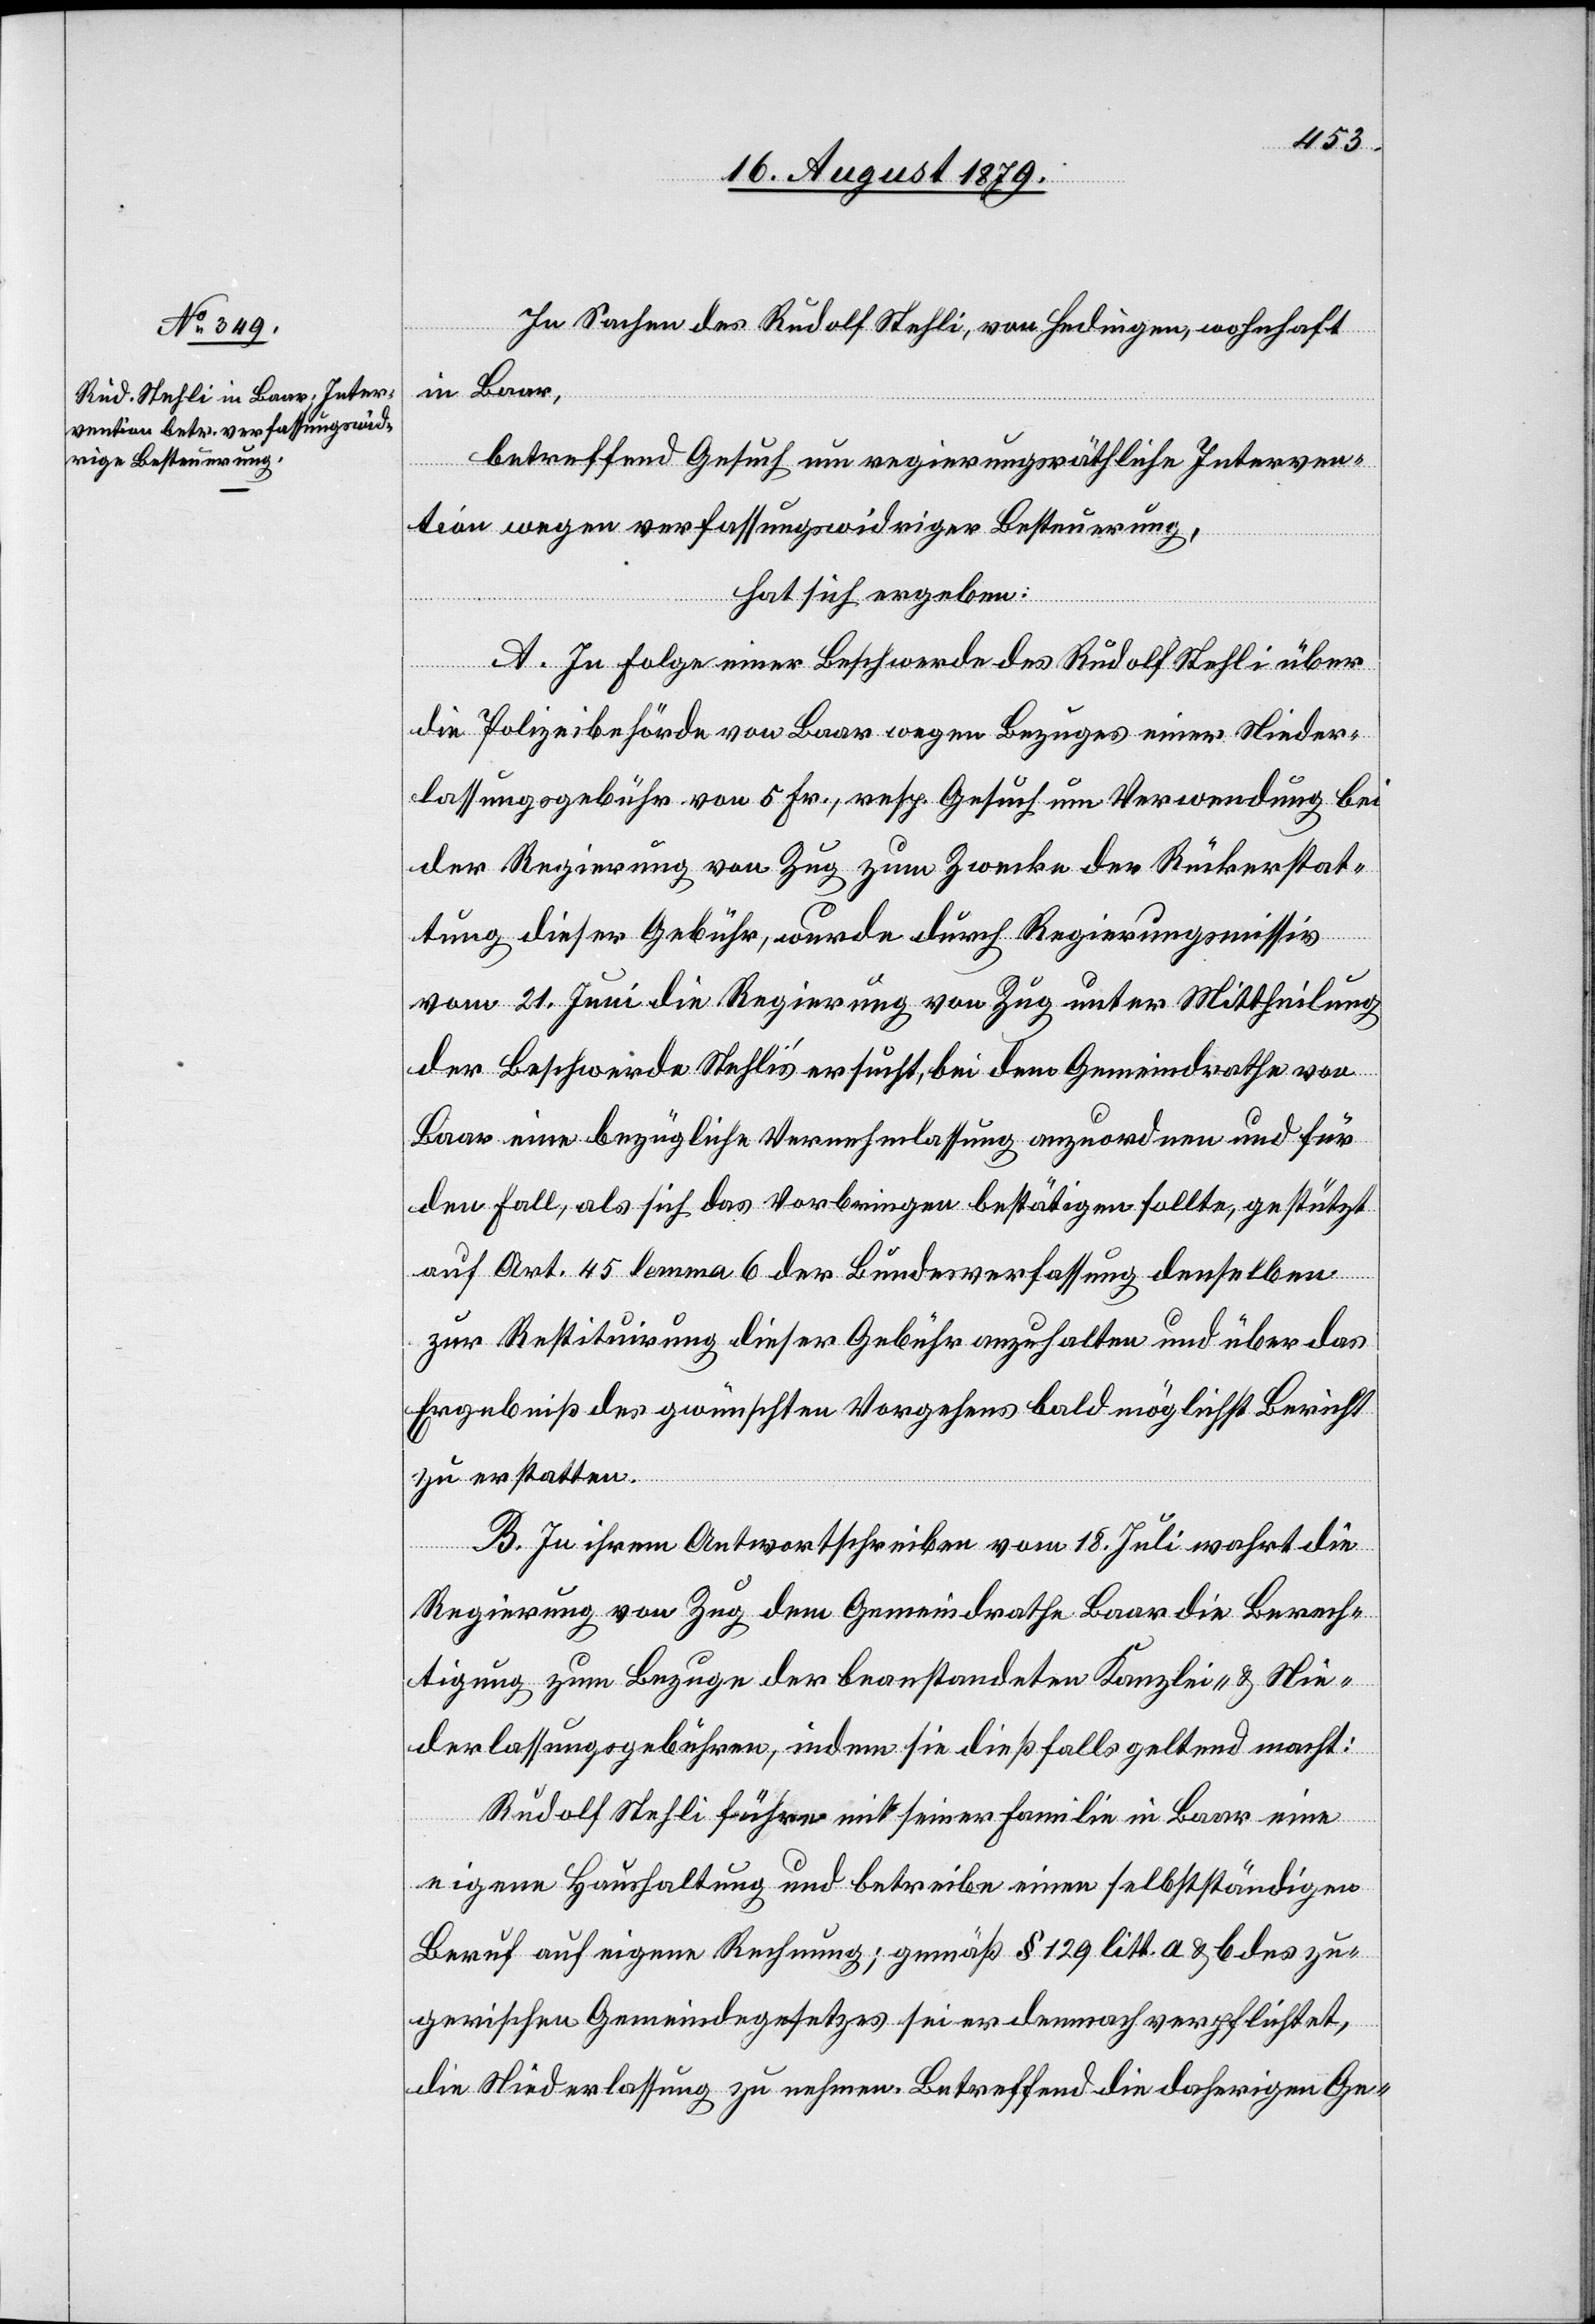
In Sachen des Rudolf Stehli, von Hedingen, wohnhaft
in Baar,
betreffend Gesuch um regierungsräthliche Interven¬
tion wegen verfassungswidriger Besteuerung,
hat sich ergeben:
A. In Folge einer Beschwerde des Rudolf Stehli über
die Polizeibehörde von Baar wegen Bezuges einer Nieder¬
lassungsgebühr von 5 Fr., resp. Gesuch um Verwendung bei
der Regierung von Zug zum Zwecke der Rückerstat¬
tung dieser Gebühr, wurde durch Regierungsmissiv
vom 21. Juni die Regierung von Zug unter Mittheilung
der Beschwerde Stehli’s ersucht, bei dem Gemeindrathe von
Baar eine bezügliche Vernehmlassung anzuordnen und für
den Fall, als sich das Vorbringen bestätigen sollte, gestützt
auf Art. 45 lemma 6 der Bundesverfassung denselben
zur Restituirung dieser Gebühr anzuhalten und über das
Ergebniß des gewünschten Vorgehens bald möglichst Bericht
zu erstatten.
B. In ihrem Antwortschreiben vom 18. Juli wahrt die
Regierung von Zug dem Gemeindrathe Baar die Berech¬
tigung zum Bezuge der beanstandeten Kanzlei- & Nie¬
derlassungsgebühren, indem sie dießfalls geltend macht:
Rudolf Stehli führe mit seiner Familie in Baar eine
eigene Haushaltung und betreibe einen selbstständigen
Beruf auf eigene Rechnung; gemäß § 129 litt. a & b des zu¬
gerischen Gemeindegesetzes sei er demnach verpflichtet,
die Niederlassung zu nehmen. Betreffend die daherigen Ge-